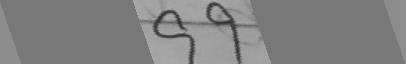
9 9